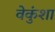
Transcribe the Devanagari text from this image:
वेकुंशा